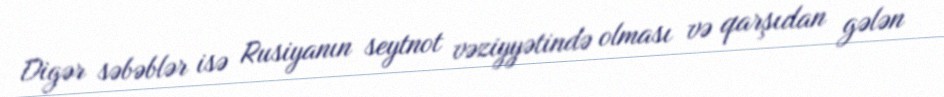
Digər səbəblər isə Rusiyanın seytnot vəziyyətində olması və qarşıdan gələn